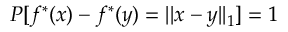
P [ f ^ { * } ( x ) - f ^ { * } ( y ) = | | x - y | | _ { 1 } ] = 1